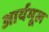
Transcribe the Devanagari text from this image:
आर्यमूल